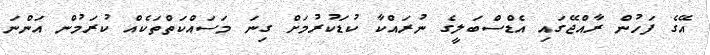
އޭގެ ފަހުން ރާއްޖޭގައި އެޑްސްބަލީގެ ނުރައްކާ ކުޑަކުރުމަށް ގިނަ މަސައްކަތްތަކެއް ކުރަމުން އަންނަ